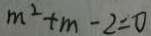
m ^ { 2 } + m - 2 = 0